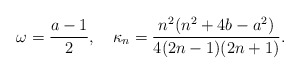
\begin{align*}\omega=\frac{a-1}{2},\quad\kappa_n=\frac{n^2(n^2 + 4 b - a^2)}{4 (2 n - 1) (2 n + 1)}.\end{align*}